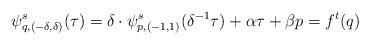
LaTeX: \begin{align*}\psi^s_{q,(-\delta,\delta)}(\tau)=\delta\cdot \psi_{p,(-1,1)}^s(\delta^{-1}\tau)+\alpha \tau +\beta p=f^t(q)\end{align*}